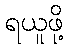
ရယူဖို့